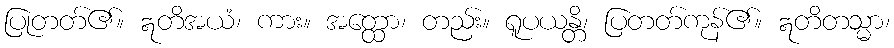
ပြုတတ်၏။ ဣတိအယံ၊ ကား။ အတ္ထော၊ တည်း။ ရူပယန္တိ၊ ပြတတ်ကုန်၏။ ဣတိတသ္မာ၊